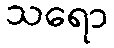
သရော